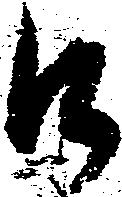
口